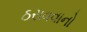
ઠરાવવાનો